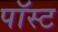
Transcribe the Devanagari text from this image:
पॉस्ट